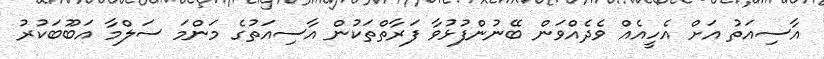
އާސިއަތު އަށް އެހީއެއް ވެދެއްވަން ބޭނުންފުޅުވާ ފަރާތްތަކުން އާސިއަތުގެ މަންމަ ސަލްމާ އަބޫބަކުރު